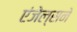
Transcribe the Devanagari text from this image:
एंजेल्सने